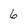
Character: 6